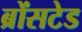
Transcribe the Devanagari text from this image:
ब्रोंसटेड